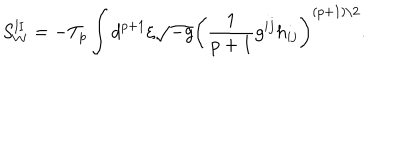
LaTeX: S _ { W } ^ { \mathrm { I I } } = - T _ { p } \int d ^ { p + 1 } { \xi } \sqrt { - g } \left( \frac { 1 } { p + 1 } g ^ { i j } h _ { i j } \right) ^ { ( p + 1 ) / 2 } .